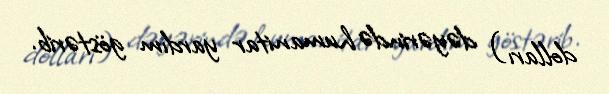
dolları) dəyərində humanitar yardım göstərib.